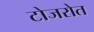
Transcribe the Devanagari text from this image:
टोजरोत